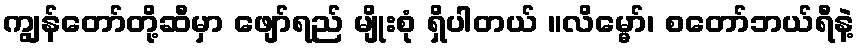
ကျွန်တော်တို့ဆီမှာ ဖျော်ရည် မျိုးစုံ ရှိပါတယ် ။လိမ္မော်၊ စတော်ဘယ်ရီနဲ့